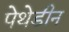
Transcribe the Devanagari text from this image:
पेथेडीन